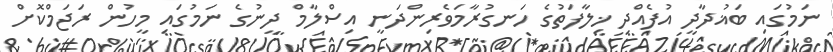
ނަމުގައި ބަޣުދާދީ އުފެއްދި ޚިލާފަތުގެ ހަނގުރާމަވެރިންދަނީ އިސްލާމް ދީނުގެ ނަމުގައި މީހުން ރަޖަމްކޮށް